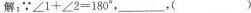
解；\because $$ \angle 1+\angle2=180^{\circ}$$，___，（）